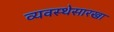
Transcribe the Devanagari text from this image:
व्यवस्थेसारखा